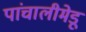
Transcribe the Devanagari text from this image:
पांचालीमेडू